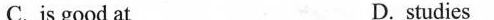
C.is good at D. studies